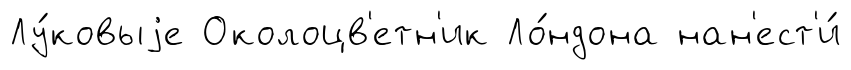
Лу́ковыjе Околоцв'етн'ик Ло́ндона нан'ест'и́